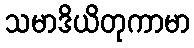
သမာဒိယိတုကာမာ